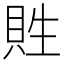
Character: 貹